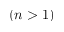
( n > 1 )